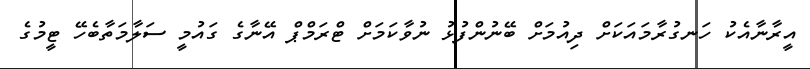
އީރާނާއެކު ހަނގުރާމައަކަށް ދިއުމަށް ބޭނުންފުޅު ނުވާކަމަށް ޓްރަމްޕް އޭނާގެ ގައުމީ ސަލާމަތާބެހޭ ޓީމުގެ